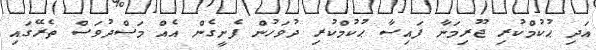
އަދި ޙުކުމްކުރި ޖޫރިމަނާ ފައިސާ ޙުކުމްކުރި ދުވަހުން ފެށީގެން އެއް މަސްދުވަސް ތެރޭގައި